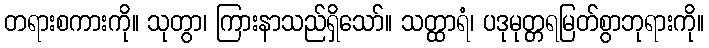
တရားစကားကို။ သုတွာ၊ ကြားနာသည်ရှိသော်။ သတ္ထာရံ၊ ပဒုမုတ္တရမြတ်စွာဘုရားကို။